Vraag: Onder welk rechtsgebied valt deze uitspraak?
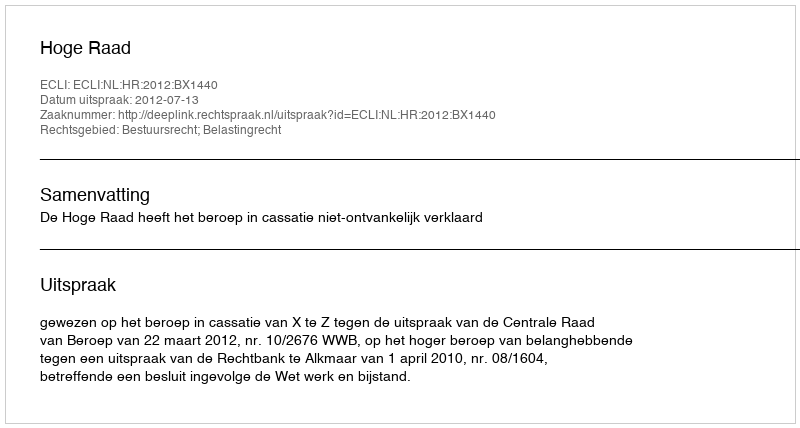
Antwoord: Bestuursrecht; Belastingrecht